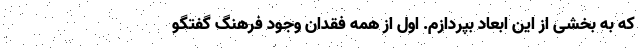
که به بخشی از این ابعاد بپردازم. اول از همه فقدان وجود فرهنگ گفتگو